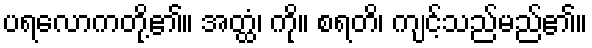
ပရလောကတို့၏။ အတ္ထံ၊ ကို။ စရတိ၊ ကျင့်သည်မည်၏။